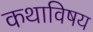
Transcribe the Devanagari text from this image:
कथाविषय